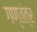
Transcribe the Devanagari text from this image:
गण्तंत्र